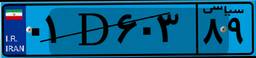
۷۷D۳۲۹۱۵